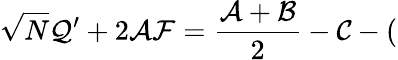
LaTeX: \sqrt{N}{\cal Q}^{\prime}+2{\cal AF}=\frac{{\cal A}+{\cal B}}{2}-{\cal C}-(